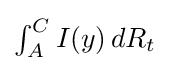
\textstyle \int _{A}^{C}I(y)\,dR_{t}